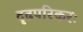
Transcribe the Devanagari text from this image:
दृढपरिकरः